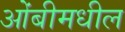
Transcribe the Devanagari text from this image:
ओंबीमधील